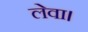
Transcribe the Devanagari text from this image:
लेवा।